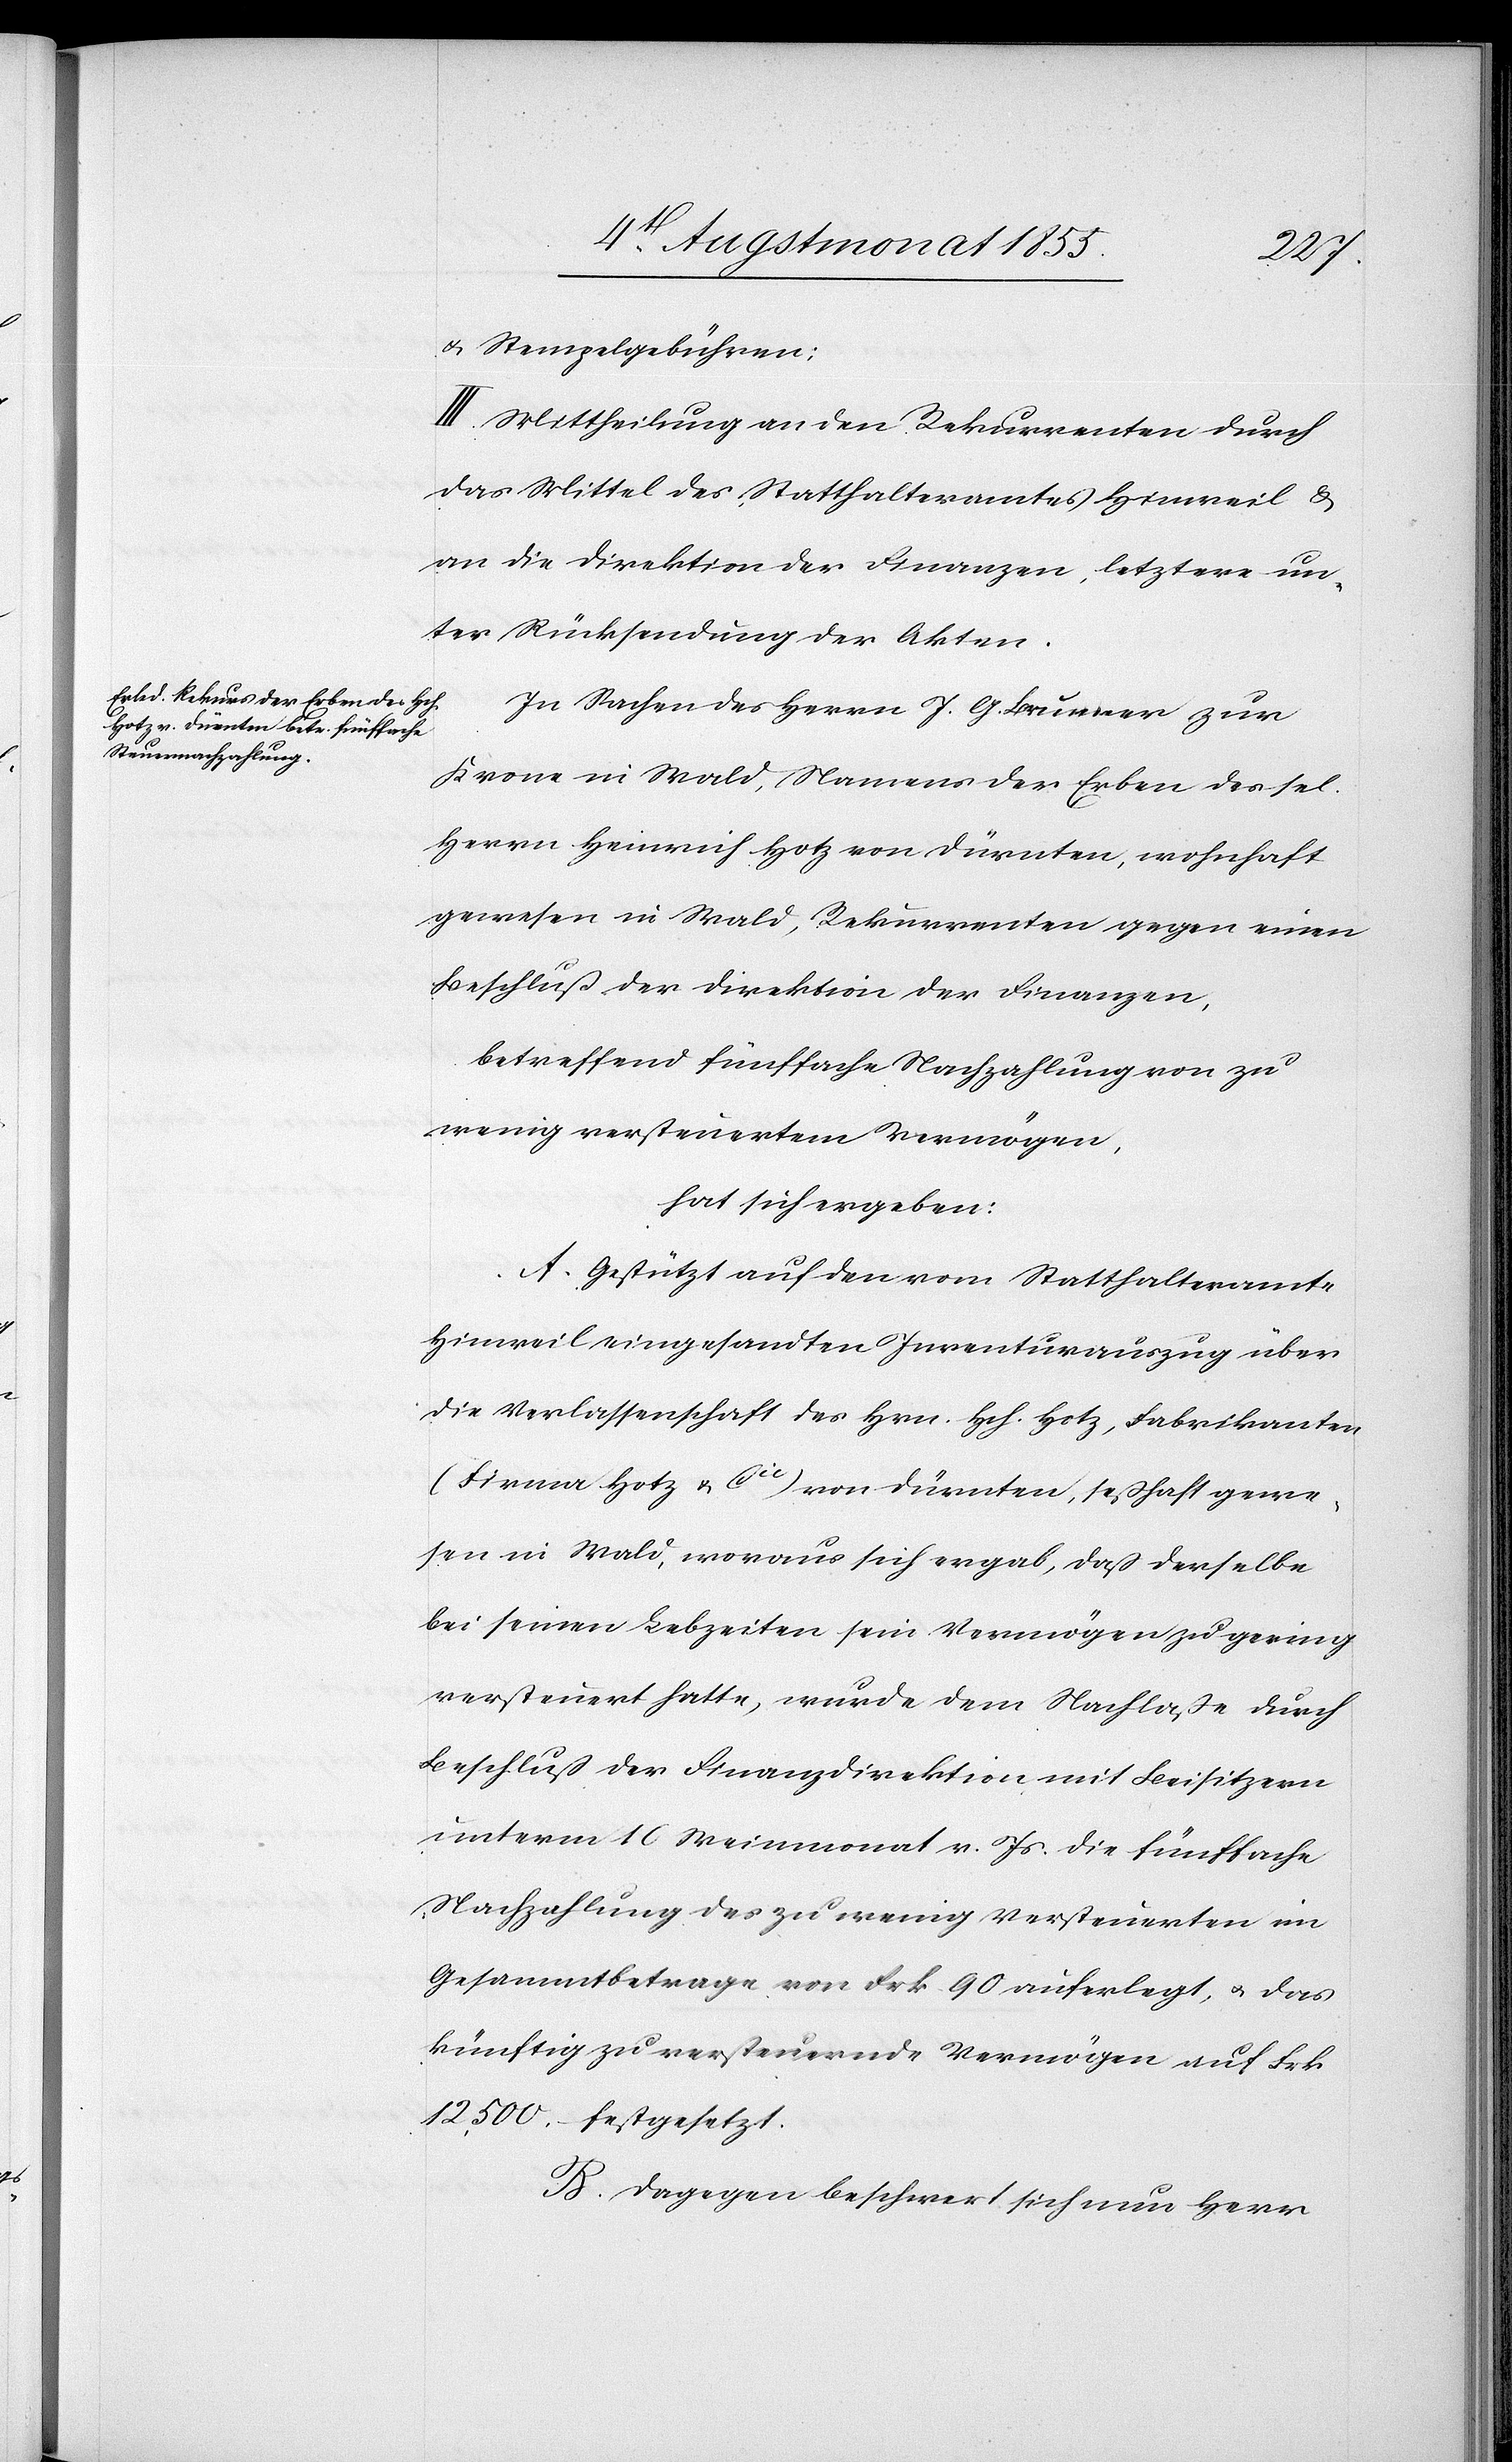
& Stempelgebühren;
III. Mittheilung an den Rekurrenten durch
das Mittel des Statthalteramtes Hinweil &
an die Direktion der Finanzen, letztere un¬
ter Rücksendung der Akten.
In Sachen des Herrn J. G. Brunner zur
Krone in Wald, Namens der Erben des sel.
Herrn Heinrich Hotz von Dürnten, wohnhaft
gewesen in Wald, Rekurrenten gegen einen
Beschluß der Direktion der Finanzen,
betreffend fünffache Nachzahlung von zu
wenig versteuertem Vermögen,
hat sich ergeben:
A. Gestützt auf den vom Statthalteramte
Hinweil eingesandten Inventurauszug über
die Verlassenschaft des Hrn. Hch. Hotz, Fabrikanten
(Firma Hotz & Cie) von Dürnten, seßhaft gewe¬
sen in Wald, woraus sich ergab, daß derselbe
bei seinen Lebzeiten sein Vermögen zu gering
versteuert hatte, wurde dem Nachlaße durch
Beschluß der Finanzdirektion mit Beisitzern
unterm 10 Weinmonat v. Js. die fünffache
Nachzahlung des zu wenig Versteuerten im
Gesammtbetrage von Frk. 90 auferlegt, & das
künftig zu versteuernde Vermögen auf Frk.
12,500.– festgesetzt.
B. Dagegen beschwert sich nun Herr